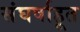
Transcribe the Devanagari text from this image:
संघर्षाहूत